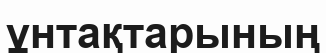
ұнтақтарының